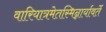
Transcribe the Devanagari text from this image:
वारियात्रमेतस्मिन्नार्यावर्तें